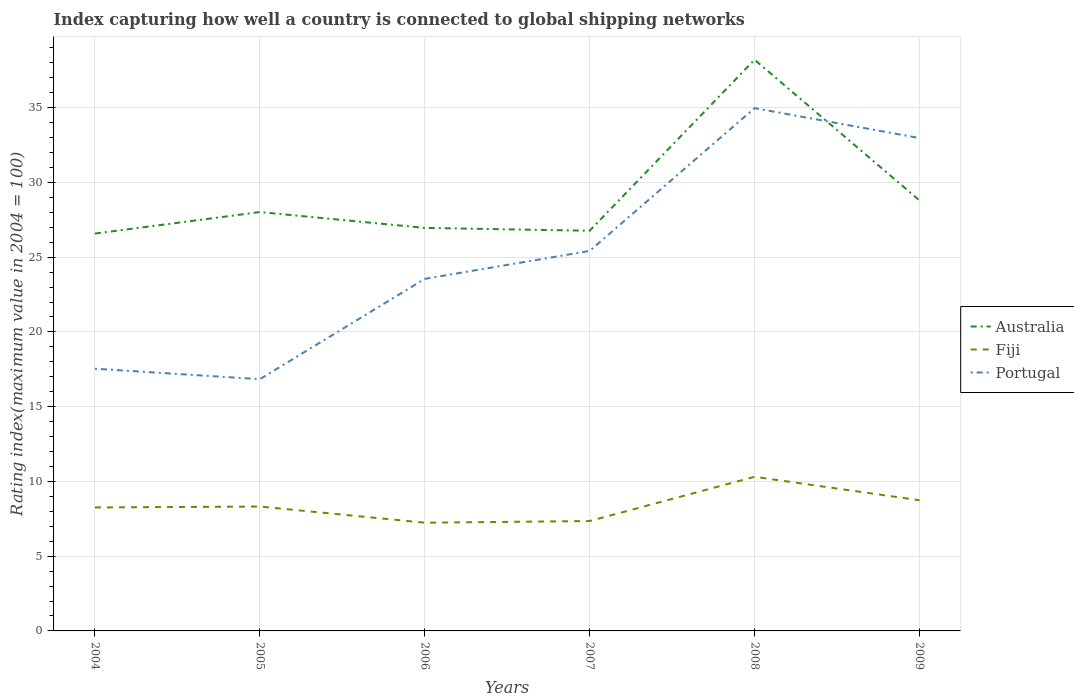
| Years | Australia | Fiji | Portugal |
 | --- | --- | --- | --- |
 | 2004 | 26.6 | 8.26 | 17.5 |
 | 2005 | 28 | 8.32 | 16.8 |
 | 2006 | 27 | 7.24 | 23.6 |
 | 2007 | 26.8 | 7.35 | 25.4 |
 | 2008 | 38.2 | 10.3 | 35 |
 | 2009 | 28.8 | 8.74 | 33 |